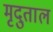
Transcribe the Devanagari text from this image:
मृदुताल